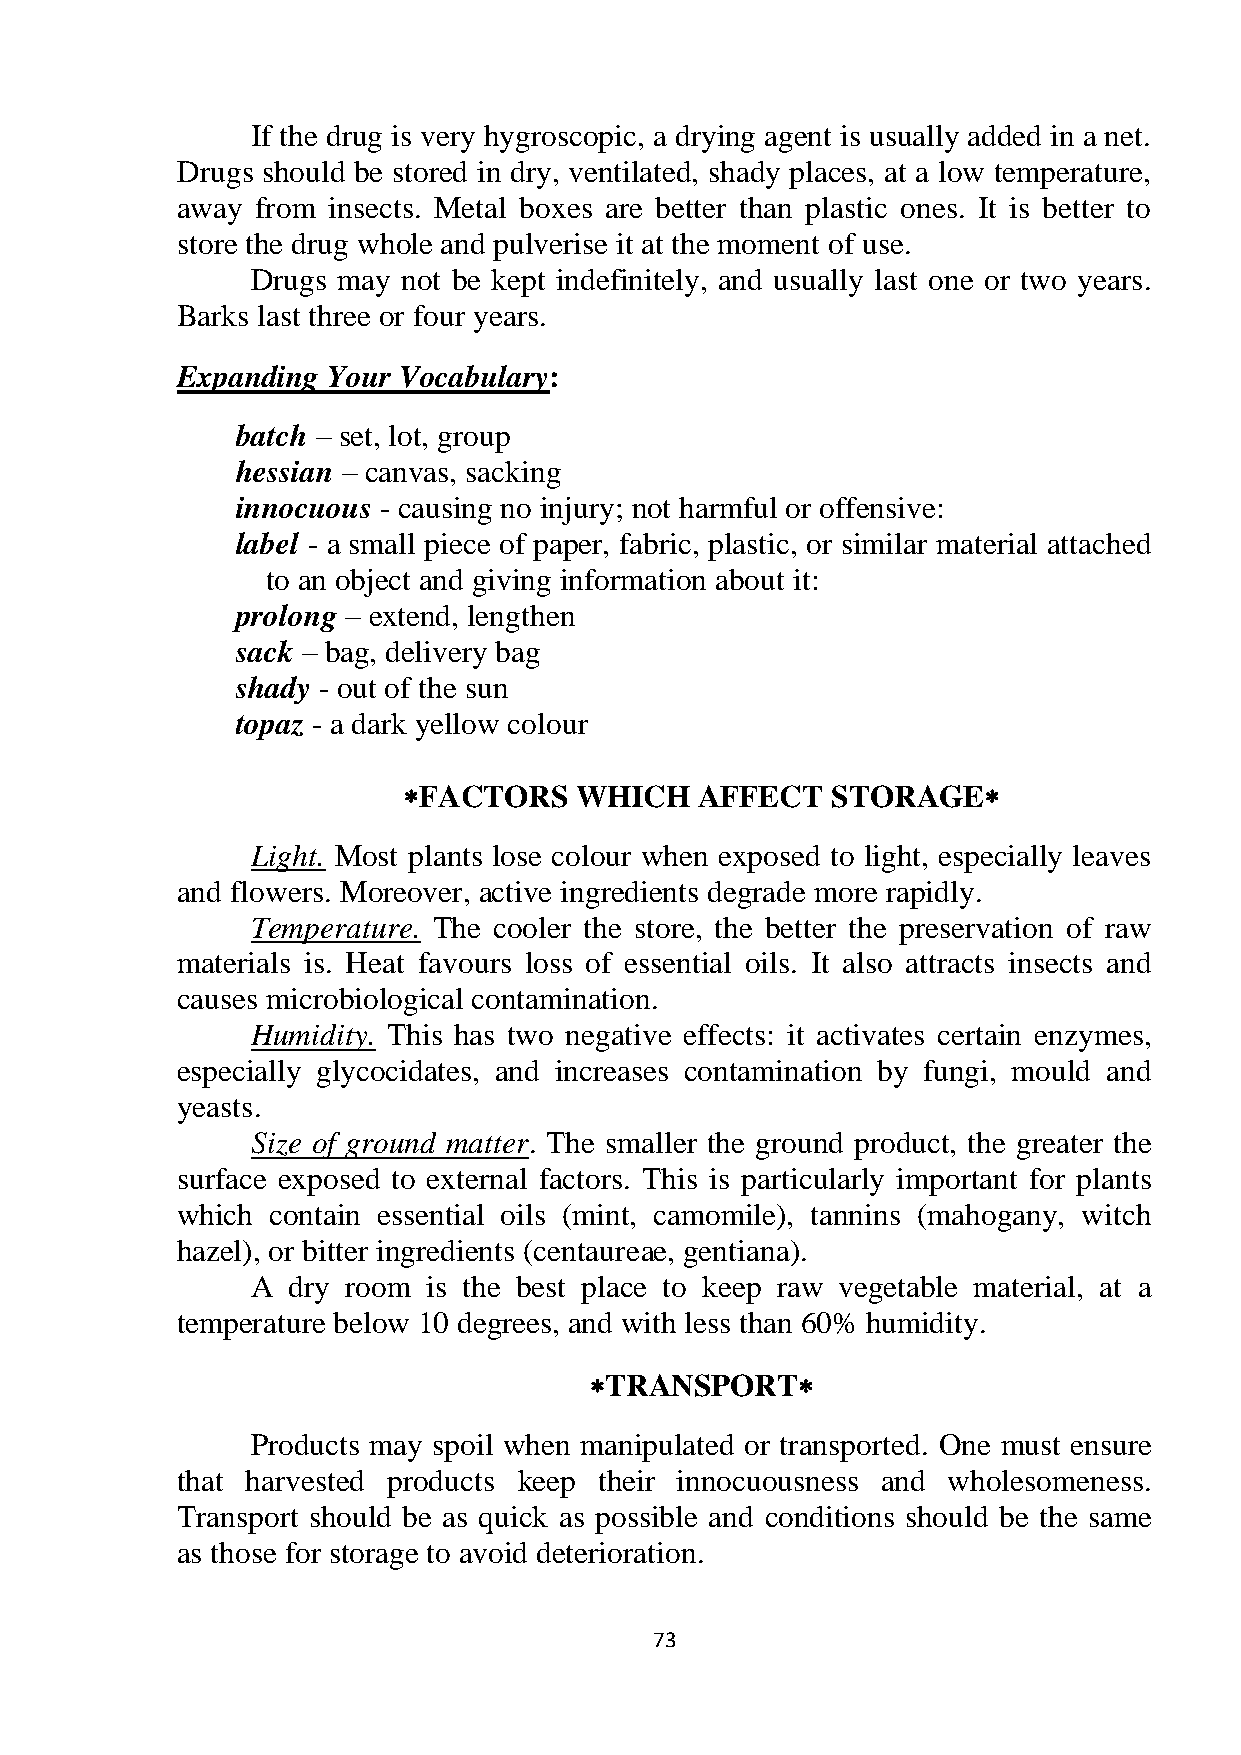
If the drug is very hygroscopic, a drying agent is usually added in a net.
 Drugs should be stored in dry, ventilated, shady places, at a low temperature,
 away from insects. Metal boxes are better than plastic ones. It is better to
 store the drug whole and pulverise it at the moment of use.
 Drugs may not be kept indefinitely, and usually last one or two years.
 Barks last three or four years.
 Expanding Your Vocabulary:
 batch – set, lot, group
 hessian – canvas, sacking
 innocuous - causing no injury; not harmful or offensive:
 label - a small piece of paper, fabric, plastic, or similar material attached
 to an object and giving information about it:
 prolong – extend, lengthen
 sack – bag, delivery bag
 shady - out of the sun
 topaz - a dark yellow colour
 FACTORS   WHICH   AFFECT   STORAGE
 Light. Most plants lose colour when exposed to light, especially leaves
 and flowers. Moreover, active ingredients degrade more rapidly.
 Temperature. The cooler the store, the better the preservation of raw
 materials is. Heat favours loss of essential oils. It also attracts insects and
 causes microbiological contamination.
 Humidity. This has two negative effects: it activates certain enzymes,
 especially glycocidates, and increases contamination by fungi, mould and
 yeasts.
 Size of ground matter. The smaller the ground product, the greater the
 surface exposed to external factors. This is particularly important for plants
 which contain essential oils (mint, camomile), tannins (mahogany, witch
 hazel), or bitter ingredients (centaureae, gentiana).
 A dry room is the best place to keep raw vegetable material, at a
 temperature below 10 degrees, and with less than 60% humidity.
 TRANSPORT
 Products may spoil when manipulated or transported. One must ensure
 that harvested products keep their innocuousness and wholesomeness.
 Transport should be as quick as possible and conditions should be the same
 as those for storage to avoid deterioration.
 73